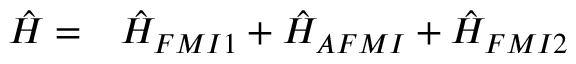
\begin{array} { l l } { \hat { H } = } & { \hat { H } _ { F M I 1 } + \hat { H } _ { A F M I } + \hat { H } _ { F M I 2 } } \end{array}